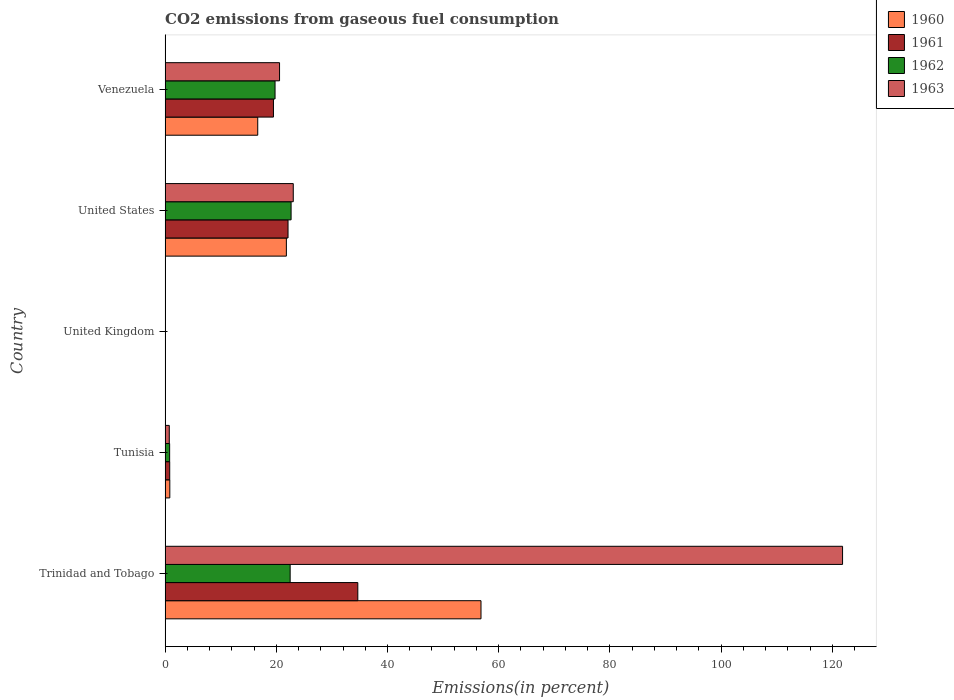
| Country | 1960 | 1961 | 1962 | 1963 |
 | --- | --- | --- | --- | --- |
 | Trinidad and Tobago | 56.8 | 34.7 | 22.5 | 122 |
 | Tunisia | 0.849 | 0.83 | 0.816 | 0.753 |
 | United Kingdom | 0.0257 | 0.0255 | 0.0365 | 0.048 |
 | United States | 21.8 | 22.1 | 22.7 | 23.1 |
 | Venezuela | 16.7 | 19.5 | 19.8 | 20.6 |